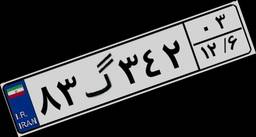
۸۳گ۳۴۲۰۳